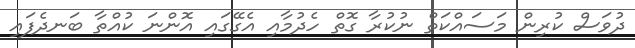
ދުވަސް ކުރިން މަސައްކަތް ނުކުރާ ގޮތް ހެދުމާއި އެގޭގައި އޮންނަ ކުއްތާ ބަނދެފައި